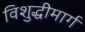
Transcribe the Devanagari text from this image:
विशुद्धीमार्ग